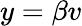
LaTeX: y=\beta v